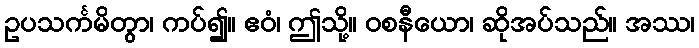
ဥပသင်္ကမိတွာ၊ ကပ်၍။ ဧဝံ၊ ဤသို့။ ဝစနီယော၊ ဆိုအပ်သည်။ အဿ၊